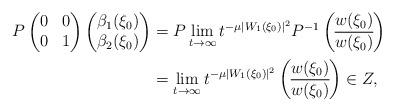
LaTeX: \begin{align*}P \begin{pmatrix} 0 & 0 \\ 0 & 1 \end{pmatrix} \begin{pmatrix}\beta_1(\xi_0) \\\beta_2(\xi_0) \end{pmatrix}&{}= P \lim_{t\to\infty} t^{-\mu |W_1(\xi_0)|^2 } P^{-1} \begin{pmatrix}w(\xi_0) \\\overline{w(\xi_0)}\end{pmatrix}\\ &{}=\lim_{t\to\infty} t^{-\mu |W_1(\xi_0)|^2 } \begin{pmatrix}w(\xi_0) \\\overline{w(\xi_0)}\end{pmatrix} \in Z,\end{align*}